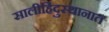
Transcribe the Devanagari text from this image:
सालीहिंदुस्थानात